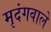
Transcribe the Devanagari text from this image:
मृदंगवाले